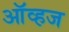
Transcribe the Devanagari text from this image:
ऑव्हज